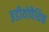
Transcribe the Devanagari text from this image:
इडीयोपैथिक